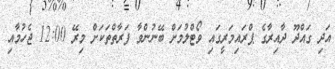
އަދި ގައްދޫ ދާއިރާގެ ޕްރައިމަރީގައި ވޯޓްލުމަށް ބޭނުންވާ ފަރާތްތަކަށް މިރޭ 12:00 ޖެހުމާއި